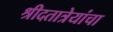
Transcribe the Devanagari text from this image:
श्रीदतात्रेयांचा